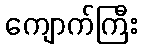
ကျောက်ကြီး